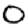
Digit: 0